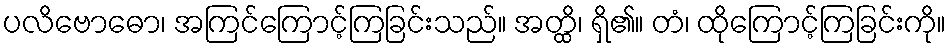
ပလိဗောဓော၊ အကြင်ကြောင့်ကြခြင်းသည်။ အတ္ထိ၊ ရှိ၏။ တံ၊ ထိုကြောင့်ကြခြင်းကို။